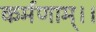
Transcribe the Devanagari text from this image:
कर्मणाम्।।